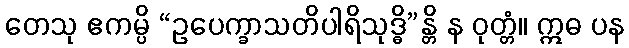
တေသု ဧကမ္ပိ “ဥပေက္ခာသတိပါရိသုဒ္ဓိ”န္တိ န ဝုတ္တံ။ ဣဓ ပန